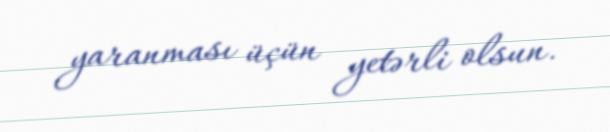
yaranması üçün yetərli olsun.